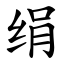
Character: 绢